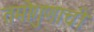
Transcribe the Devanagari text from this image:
तमोगुणाची